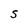
Character: S